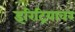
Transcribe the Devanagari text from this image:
इरिट्रियावर